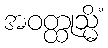
အဝတ္ထုသ္မိံ